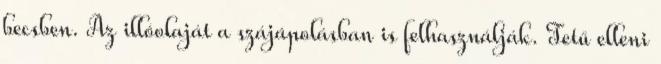
becsben. Az illóolaját a szájápolásban is felhasználják. Tetű elleni